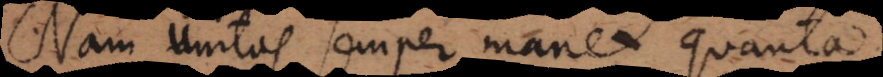
Nam unitas semper manet quanta